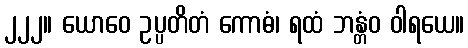
၂၂၂။ ယောဝေ ဥပ္ပတိတံ ကောဓံ၊ ရထံ ဘန္တံဝ ဝါရယေ။